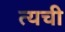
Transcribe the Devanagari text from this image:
त्यची